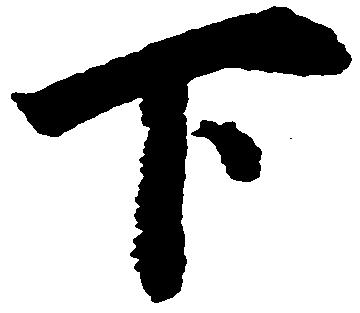
下